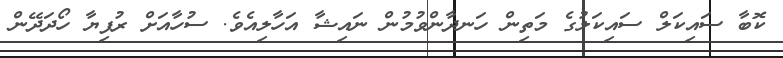
ކޮބާ ސައިކަލް ސައިކަލުގެ މަތިން ހަނދާންވުމުން ނައިޝާ އަހާލިއެވެ. ސުހާއަށް ރުފިޔާ ހޯދަދޭން